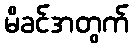
မိခင်အတွက်